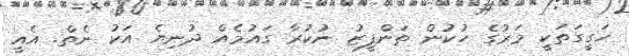
ހަގީގަތަކީ މަރުގެ ހުކުން ތަންފީޒު ނުކުރާ ގައުމެއް ދުނިޔެ އަކު ނެތް. އެއީ